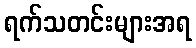
ရက်သတင်းများအရ